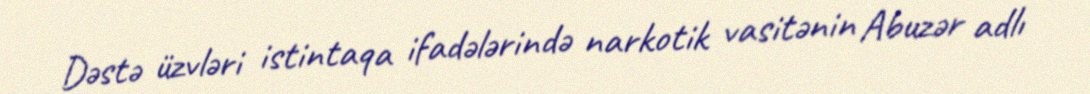
Dəstə üzvləri istintaqa ifadələrində narkotik vasitənin Abuzər adlı